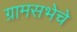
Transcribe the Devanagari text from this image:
ग्रामसभेचे